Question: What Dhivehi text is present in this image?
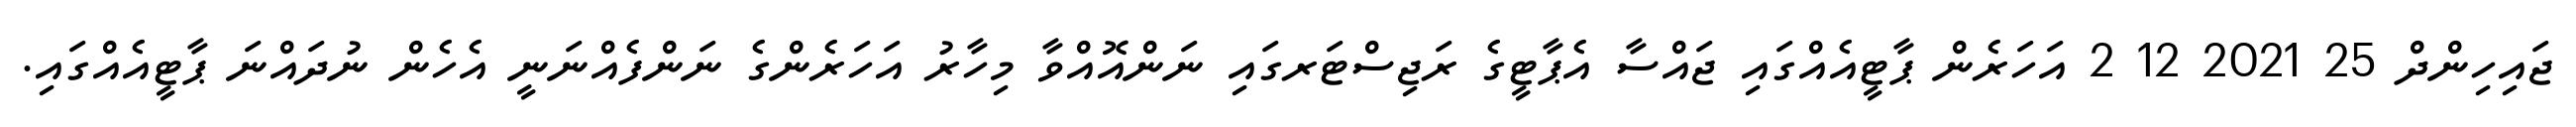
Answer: ޖައިހިންދް 25 2021 12 2 އަހަރެން ޕާޓީއެއްގައި ޖައްސާ އެޕާޓީގެ ރަޖިސްޓަރގައި ނަންއޮއްވާ މިހާރު އަހަރެންގެ ނަންފެއްނަނީ އެހެން ނުދައްނަ ޕާޓީއެއްގައި.